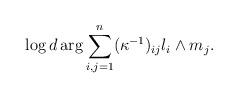
LaTeX: \begin{align*} \log d\arg \sum_{i,j=1}^n(\kappa^{-1})_{ij}l_i\wedge m_j.\end{align*}